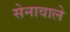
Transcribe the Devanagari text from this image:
सेनावाले